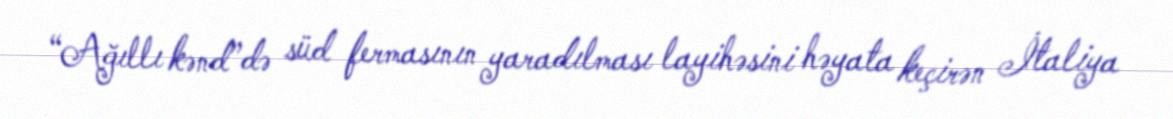
“Ağıllı kənd”də süd fermasının yaradılması layihəsini həyata keçirən İtaliya